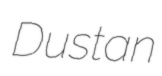
Dustan